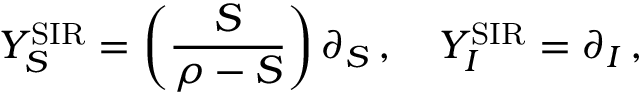
Y _ { S } ^ { \mathrm { S I R } } = \left( \frac { S } { \rho - S } \right) \partial _ { S } \, , \quad Y _ { I } ^ { \mathrm { S I R } } = \partial _ { I } \, ,